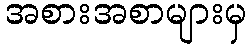
အစားအစာများမှ